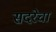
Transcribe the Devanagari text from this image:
सदरेचा